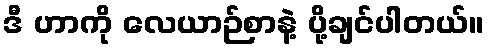
ဒီ ဟာကို လေယာဉ်စာနဲ့ ပို့ချင်ပါတယ်။